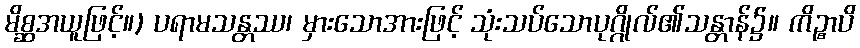
မိစ္ဆအယူဖြင့်။) ပရာမသန္တဿ၊ မှားသောအားဖြင့် သုံးသပ်သောပုဂ္ဂိုလ်၏သန္တာန်၌။ ကိဉ္စာပိ